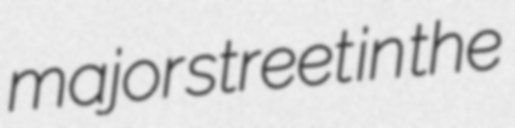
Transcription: major street in the